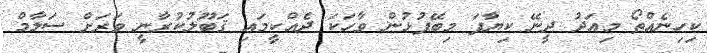
ކިހިނެއްތޯ މިއަދު ދީނޭ ކިޔާފަ މިބޭފުޅުން ވާހަކަ ދެއްކީމައި ޤަބޫލުކުރާނީ ވަރަށް ސަލާމް